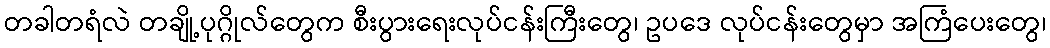
တခါတရံလဲ တချို့ပုဂ္ဂိုလ်တွေက စီးပွားရေးလုပ်ငန်းကြီးတွေ၊ ဥပဒေ လုပ်ငန်းတွေမှာ အကြံပေးတွေ၊